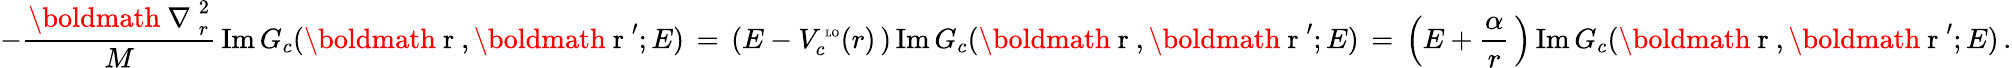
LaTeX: -\frac{{\mathrm{\boldmath~\nabla~}}_{r}^{2}}{M}\, \mathrm{Im}\, G_{c}({\mathrm{\boldmath~r~}},{\mathrm{\boldmath~r~}^{\prime}};E)\, =\, \left(E-V_{c}^{\mathrm{\tiny~LO}}(r)\, \right)\, \mathrm{Im}\, G_{c}({\mathrm{\boldmath~r~}},{\mathrm{\boldmath~r~}^{\prime}};E)\, =\, \left(E+\frac{\alpha}{r}\, \right)\, \mathrm{Im}\, G_{c}({\mathrm{\boldmath~r~}},{\mathrm{\boldmath~r~}^{\prime}};E)\, .